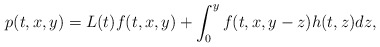
\begin{align*}p(t,x,y)= L(t)f(t,x,y)+\int_{0}^{y}f(t,x,y-z)h(t,z)dz,\end{align*}